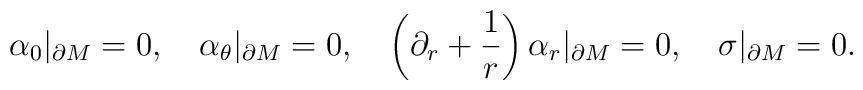
\alpha_0|_{\partial M}=0,\quad\alpha_\theta |_{\partial M}=0,\quad\left( \partial_r +\frac 1r \right) \alpha_r |_{\partial M}=0,\quad\sigma |_{\partial M}=0.